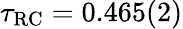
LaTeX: \tau_{\mathrm{{RC}}}=0.465(2)